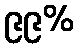
၉၉%